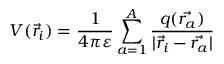
V ( \vec { r } _ { i } ) = \frac { 1 } { 4 \pi \varepsilon } \sum _ { a = 1 } ^ { A } \frac { q ( \vec { r _ { a } } ) } { | \vec { r } _ { i } - \vec { r _ { a } } | }